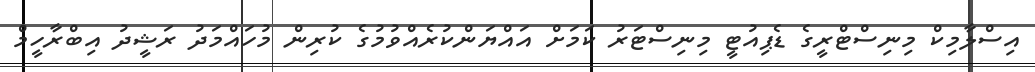
އިސްލާމިކް މިނިސްޓްރީގެ ޑެޕިއުޓީ މިނިސްޓަރު ކަމަށް އައްޔަންކުރެއްވުމުގެ ކުރިން މުހައްމަދު ރަޝީދު އިބްރާހީމް